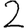
Digit: 2